Indian journal of veterinary science and animal husbandry - Volume 9,
Year: 1939
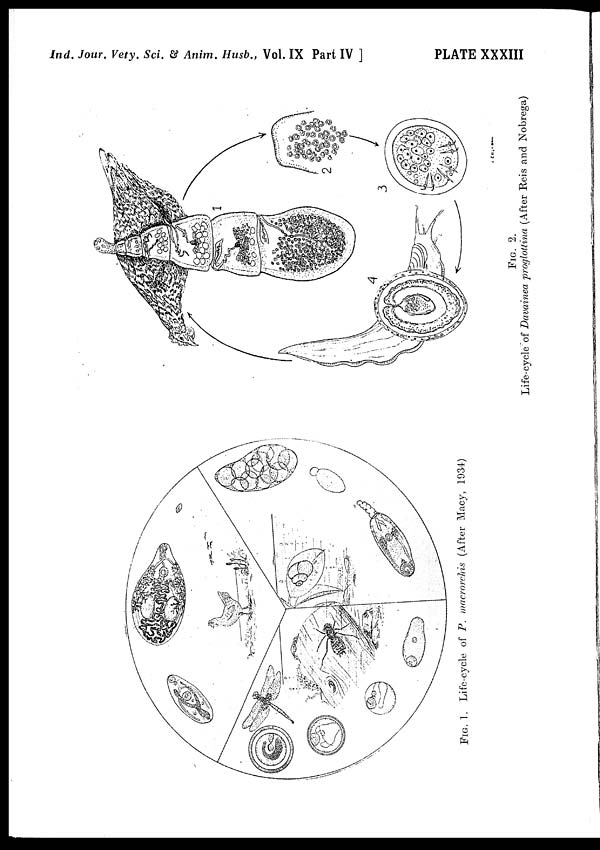
Ind. Jour. Vety. Sci. & Anim. Husb., Vol. IX Part IV ]
PLATE XXXIII
FIG.
1. Life-cycle of P. macrorchis
(After Macy, 1934)
FIG. 2.
Life-cycle of Davainea proglottina (After Reis and Nobrega)